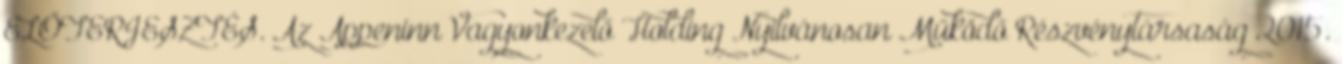
ELŐTERJESZTÉS. Az Appeninn Vagyonkezelő Holding Nyilvánosan Működő Részvénytársaság 2015.